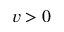
v > 0